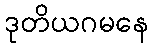
ဒုတိယဂမနေ